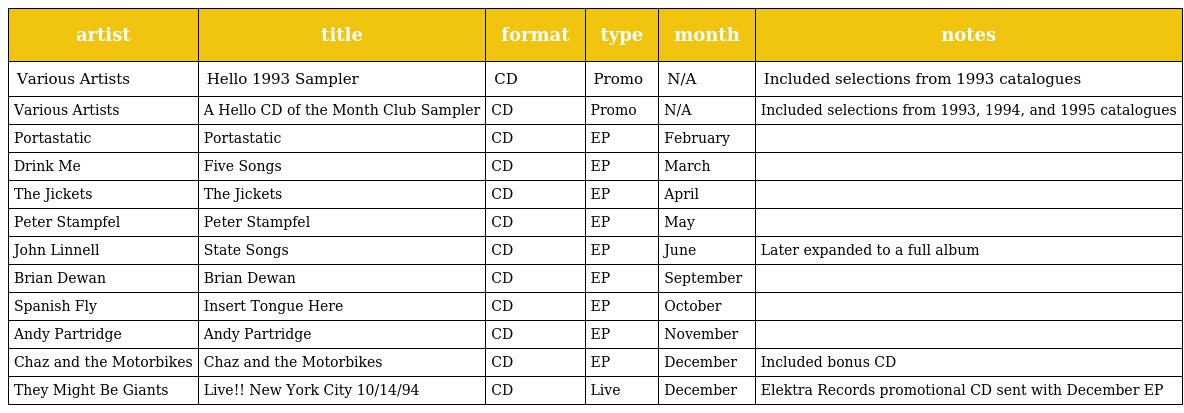
| artist | title | format | type | month | notes |
 | --- | --- | --- | --- | --- | --- |
 | Various Artists | Hello 1993 Sampler | CD | Promo | N/A | Included selections from 1993 catalogues |
 | Various Artists | A Hello CD of the Month Club Sampler | CD | Promo | N/A | Included selections from 1993, 1994, and 1995 catalogues |
 | Portastatic | Portastatic | CD | EP | February |  |
 | Drink Me | Five Songs | CD | EP | March |  |
 | The Jickets | The Jickets | CD | EP | April |  |
 | Peter Stampfel | Peter Stampfel | CD | EP | May |  |
 | John Linnell | State Songs | CD | EP | June | Later expanded to a full album |
 | Brian Dewan | Brian Dewan | CD | EP | September |  |
 | Spanish Fly | Insert Tongue Here | CD | EP | October |  |
 | Andy Partridge | Andy Partridge | CD | EP | November |  |
 | Chaz and the Motorbikes | Chaz and the Motorbikes | CD | EP | December | Included bonus CD |
 | They Might Be Giants | Live!! New York City 10/14/94 | CD | Live | December | Elektra Records promotional CD sent with December EP |